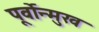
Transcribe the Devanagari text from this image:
पूर्वोन्मुख